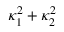
\kappa _ { 1 } ^ { 2 } + \kappa _ { 2 } ^ { 2 }